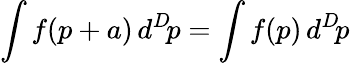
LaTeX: \int f(p+a)\, d^{D}\! p=\int f(p)\, d^{D}\! p